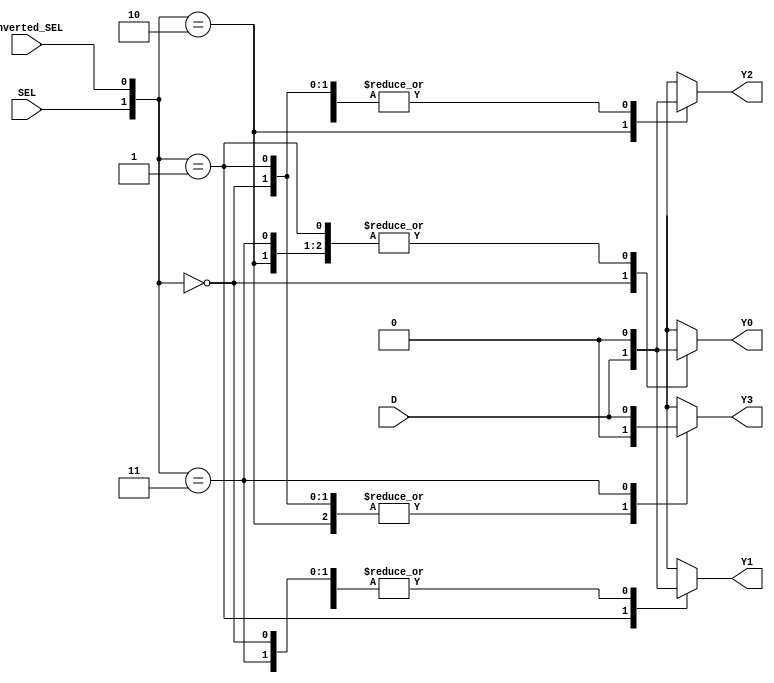
module demux_1_to_4 (
    input wire SEL,
    input wire inverted_SEL,
    input wire D,
    output reg Y0,
    output reg Y1,
    output reg Y2,
    output reg Y3
);

always @(*) begin
    case ({SEL, inverted_SEL})
        2'b00: begin
            Y0 = D;
            Y1 = 1'b0;
            Y2 = 1'b0;
            Y3 = 1'b0;
        end
        2'b01: begin
            Y0 = 1'b0;
            Y1 = D;
            Y2 = 1'b0;
            Y3 = 1'b0;
        end
        2'b10: begin
            Y0 = 1'b0;
            Y1 = 1'b0;
            Y2 = D;
            Y3 = 1'b0;
        end
        2'b11: begin
            Y0 = 1'b0;
            Y1 = 1'b0;
            Y2 = 1'b0;
            Y3 = D;
        end
    endcase
end

endmodule